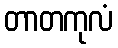
တာတကုလံ